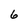
Character: 6